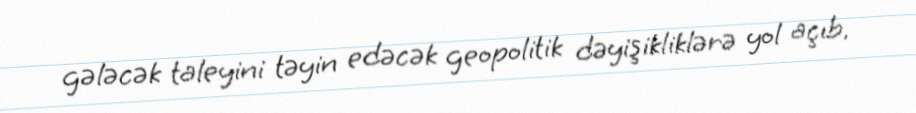
gələcək taleyini təyin edəcək geopolitik dəyişikliklərə yol açıb.